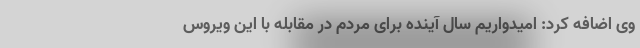
وی اضافه کرد: امیدواریم سال آینده برای مردم در مقابله با این ویروس